Leaving Certificate Examination (including Day School Certificate (Higher) General paper), 1933
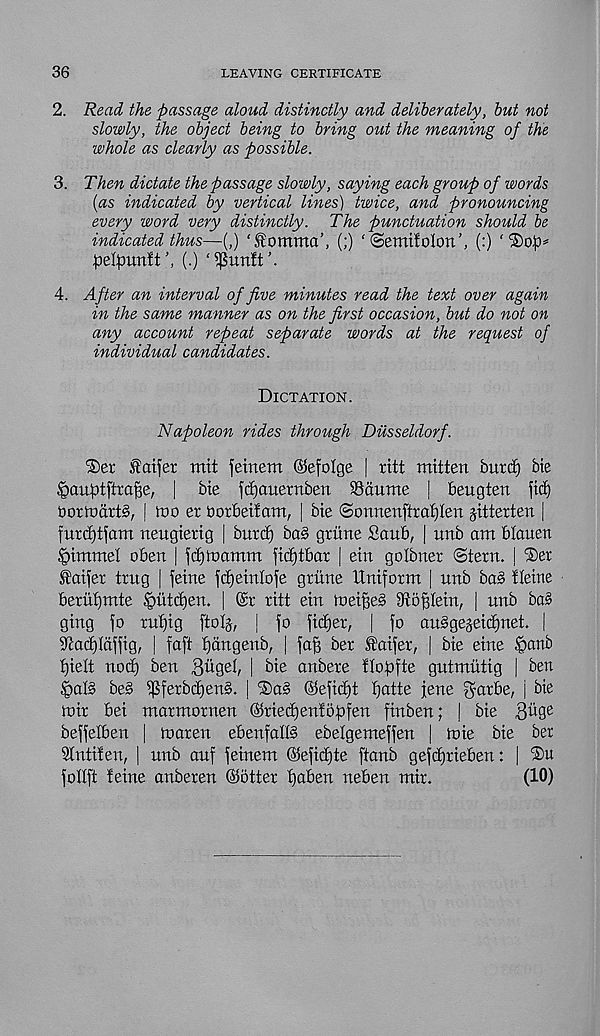
36
LEAVING CERTIFICATE
2. Read the passage aloud distinctly and deliberately, but not
slowly, the object being to bring out the meaning of the
whole as clearly as possible.
3. Then dictate the passage slowly, saying each group of words
(as indicated by vertical lines) twice, and pronouncing
every word very distinctly. The punctuation should be
indicated thus—(,) ‘tomma’, (;) ‘©emtfokm’, (:) “Sop*
pelpunft', (.)
4. After an interval of five minutes read the text over again
in the same manner as on the first occasion, but do not on
any account repeat separate words at the request of
individual candidates.
Dictation.
Napoleon rides through Dusseldorf.
Set taper mit fetnem ©efolge | ritt mitten butd) bie
Jpanptftrape, | bie jcpauetnben 93aume | beugten fict)
OorinartS, | too et oorbeifam, | bie ©onnenftrapten jitterten |
furtptfam neugietig | butcf) ba§ griine Saab, | unb am blauen
§immel oben | jcptoamm ficptbar | ein gotbner ©tern. | Set
taper trug | feme fdfeinlofe griine Uniform | nnb ba§ Heine
berupmte Mtdjen. | @r ritt ein toeiffeS Stofjlein, | nnb ba§
ging fo rnfjig ftolj, j fo ficpet, | fo ausgejeitpnet. |
Piacplaffig, | faft fjangenb, | fag ber taper, | bie eine £>anb
pielt nod) ben Quagl, \ bie anbere tlopfte gutmutig | ben
,§aB be§ ^ferbdfenS. [ Sag ©efidjt patte fene garbe, j bie
toir bei marmornen ©riedfenlopfen finben; | bie Bilge
beffelben | toaren ebenfallg ebelgemeffen | toie bie ber
Stntifen, | unb auf feinem ©efidfte ftanb gefcprieben: | Su
follft I eine anberen ©otter paben neben mir.
(10)